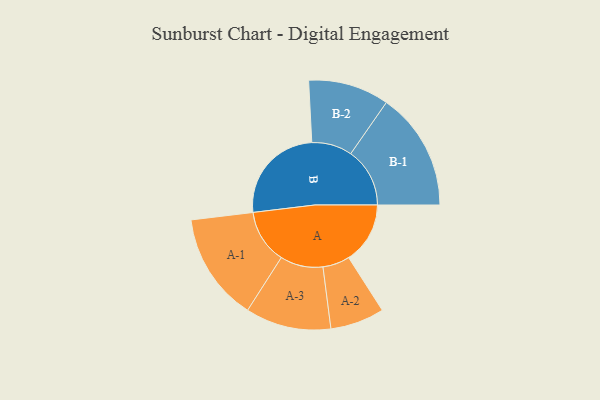
{"axis": {"x": "Segment", "y": "Value"}, "legend": ["", "A", "B"], "data": [{"x": "A", "y": 234, "type": ""}, {"x": "B", "y": 383, "type": ""}, {"x": "A-1", "y": 206, "type": "A"}, {"x": "A-2", "y": 103, "type": "A"}, {"x": "A-3", "y": 163, "type": "A"}, {"x": "B-1", "y": 225, "type": "B"}, {"x": "B-2", "y": 154, "type": "B"}]}